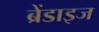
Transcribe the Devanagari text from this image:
ब्रेंडाइज